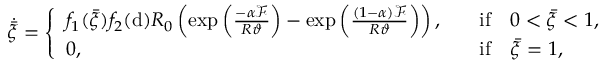
\dot { \bar { \xi } } = \left\{ \begin{array} { l l } { f _ { 1 } ( \bar { \xi } ) f _ { 2 } ( \mathrm { d } ) R _ { 0 } \left( \exp \left( \frac { - \alpha \mathcal { F } } { R \vartheta } \right) - \exp \left( \frac { ( 1 - \alpha ) \mathcal { F } } { R \vartheta } \right) \right) , } & { \quad \mathrm { i f } \quad 0 < \bar { \xi } < 1 , } \\ { 0 , } & { \quad \mathrm { i f } \quad \bar { \xi } = 1 , } \end{array} \right.